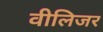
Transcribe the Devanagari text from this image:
वीलिजर